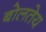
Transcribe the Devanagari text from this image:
बोलतेय